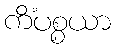
ကိံပစ္စယာ